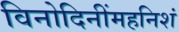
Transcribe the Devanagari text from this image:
विनोदिनींमहनिशं